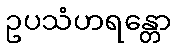
ဥပသံဟရန္တော